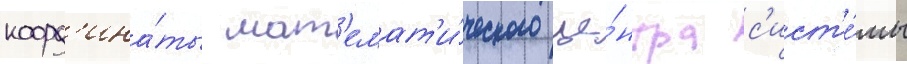
коорд'ина́ты мат'емат'и́ческого це́нтра с'ист'е́мы